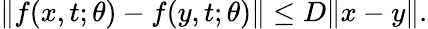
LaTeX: \begin{array}{r}{\Vert f(x,t;\theta)-f(y,t;\theta)\Vert\leq D\Vert x-y\Vert.}\end{array}